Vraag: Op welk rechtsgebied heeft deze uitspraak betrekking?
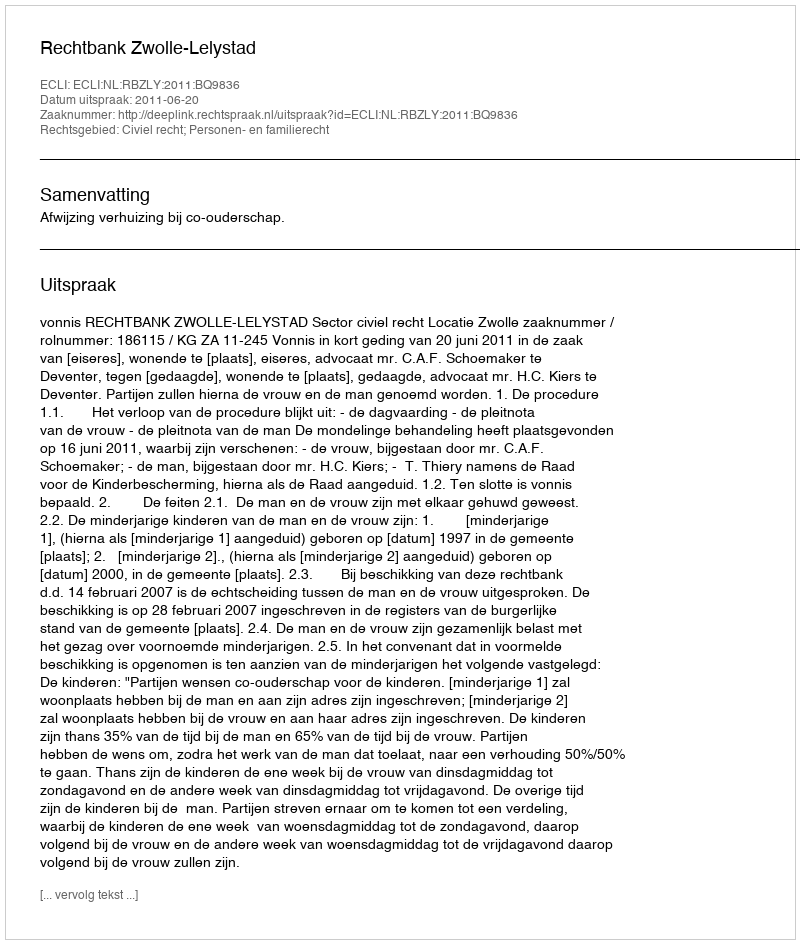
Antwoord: Civiel recht; Personen- en familierecht